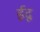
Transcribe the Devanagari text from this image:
ईदू